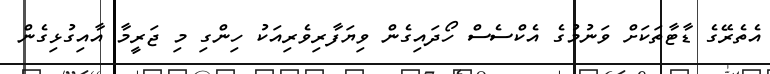
އެތެރޭގެ ޑާޓާތަކަށް ވަނުމުގެ އެކްސެސް ހޯދައިގެން ވިޔަފާރިވެރިއަކު ހިންގި މި ޖަރީމާ އާއިގުޅިގެން